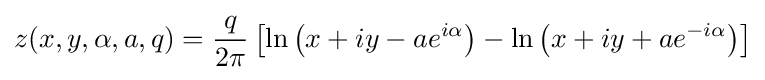
z(x,y,\alpha ,a,q)={\frac {q}{2\pi }}\left[\ln \left(x+iy-ae^{i\alpha }\right)-\ln \left(x+iy+ae^{-i\alpha }\right)\right]